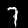
Label: 7